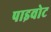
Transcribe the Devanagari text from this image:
पाइवोट